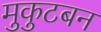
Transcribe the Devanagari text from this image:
मुकुटबन